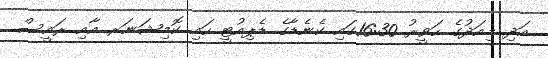
އަދި މިއަދުގެ ހަވީރު 16:30ގައި ކެނެޑާގެ ޑެޕިއުޓީ ހައި ކޮމިޝަނަރ އާއި ރައީސް